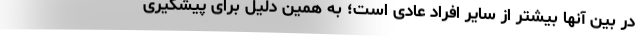
در بین آنها بیشتر از سایر افراد عادی است؛ به همین دلیل برای پیشگیری